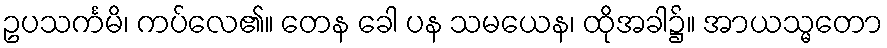
ဥပသင်္ကမိ၊ ကပ်လေ၏။ တေန ခေါ ပန သမယေန၊ ထိုအခါ၌။ အာယသ္မတော